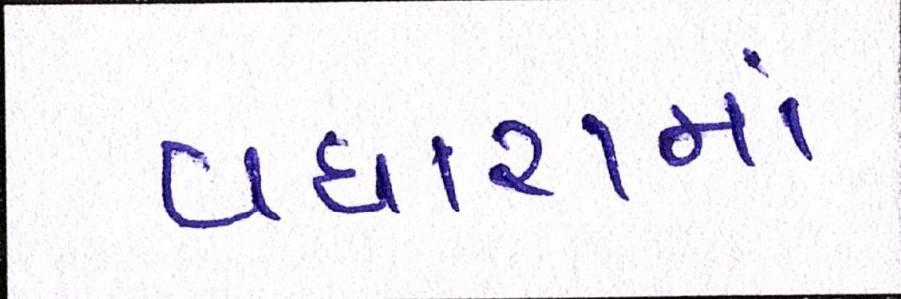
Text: વધારામાં